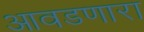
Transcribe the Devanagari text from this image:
आवडणारा